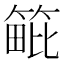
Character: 𥯡